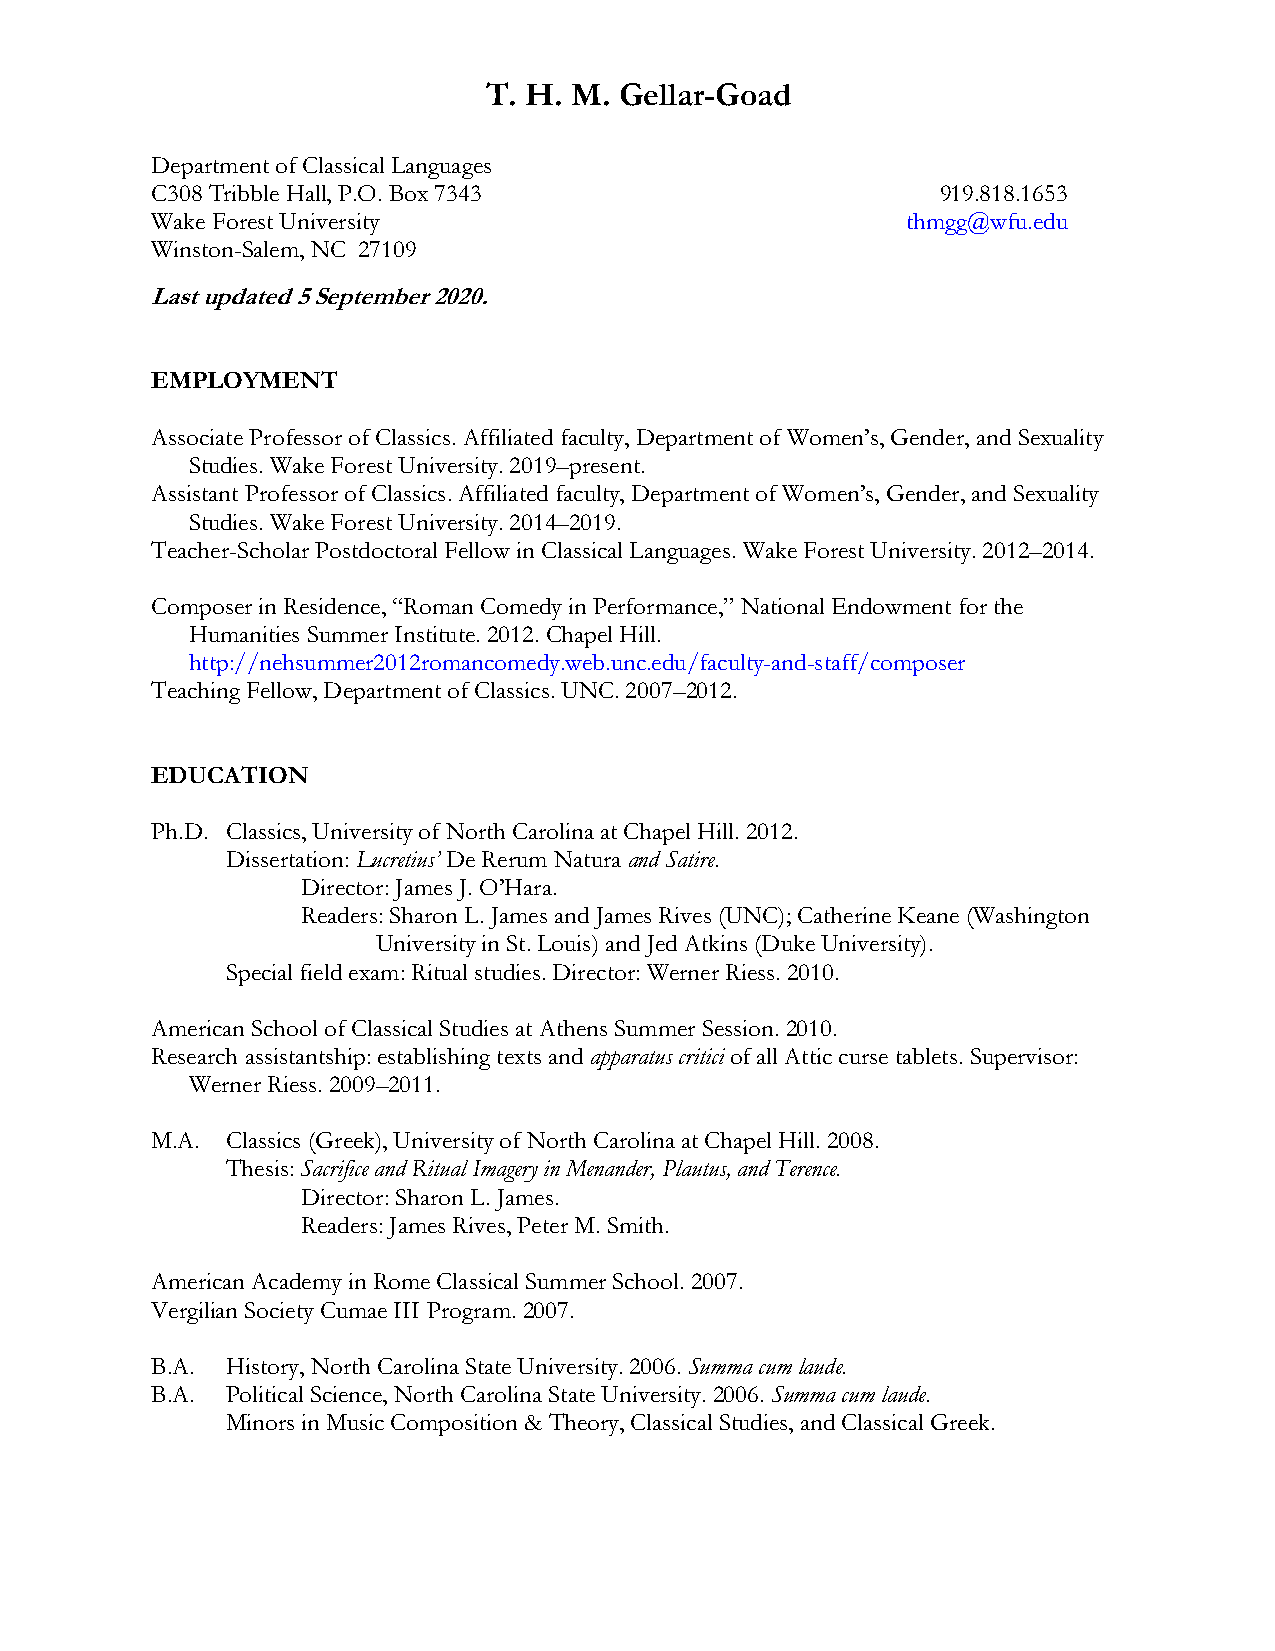
T. H. M. Gellar-Goad
 Department of Classical Languages
 C308 Tribble Hall, P.O. Box 7343                    919.818.1653
 Wake Forest University                            thmgg@wfu.edu
 Winston-Salem, NC 27109
 Last updated 5 September 2020.
 EMPLOYMENT
 Associate Professor of Classics. Affiliated faculty, Department of Women’s, Gender, and Sexuality
 Studies. Wake Forest University. 2019–present.
 Assistant Professor of Classics. Affiliated faculty, Department of Women’s, Gender, and Sexuality
 Studies. Wake Forest University. 2014–2019.
 Teacher-Scholar Postdoctoral Fellow in Classical Languages. Wake Forest University. 2012–2014.
 Composer in Residence, “Roman Comedy in Performance,” National Endowment for the
 Humanities Summer Institute. 2012. Chapel Hill.
 http://nehsummer2012romancomedy.web.unc.edu/faculty-and-staff/composer
 Teaching Fellow, Department of Classics. UNC. 2007–2012.
 EDUCATION
 Ph.D. Classics, University of North Carolina at Chapel Hill. 2012.
 Dissertation: Lucretius’ De Rerum Natura and Satire.
 Director: James J. O’Hara.
 Readers: Sharon L. James and James Rives (UNC); Catherine Keane (Washington
 University in St. Louis) and Jed Atkins (Duke University).
 Special field exam: Ritual studies. Director: Werner Riess. 2010.
 American School of Classical Studies at Athens Summer Session. 2010.
 Research assistantship: establishing texts and apparatus critici of all Attic curse tablets. Supervisor:
 Werner Riess. 2009–2011.
 M.A. Classics (Greek), University of North Carolina at Chapel Hill. 2008.
 Thesis: Sacrifice and Ritual Imagery in Menander, Plautus, and Terence.
 Director: Sharon L. James.
 Readers: James Rives, Peter M. Smith.
 American Academy in Rome Classical Summer School. 2007.
 Vergilian Society Cumae III Program. 2007.
 B.A. History, North Carolina State University. 2006. Summa cum laude.
 B.A. Political Science, North Carolina State University. 2006. Summa cum laude.
 Minors in Music Composition & Theory, Classical Studies, and Classical Greek.